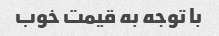
با توجه به قیمت خوب